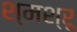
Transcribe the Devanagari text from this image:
श्मश्रू